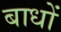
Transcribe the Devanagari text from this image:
बाधों